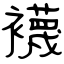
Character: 襪